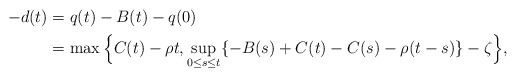
\begin{align*}\begin{aligned} -d(t)&=q(t)-B(t)-q(0)\\ &=\max\Big\{C(t)-\rho t,\sup_{0\leq s\leq t}\{-B(s)+C(t)-C(s)-\rho(t-s)\}-\zeta\Big\},\end{aligned}\end{align*}